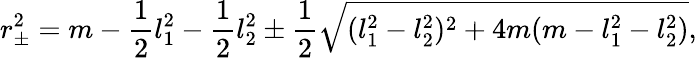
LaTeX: r_{\pm}^{2}=m-{\frac{1}{2}}l_{1}^{2}-{\frac{1}{2}}l_{2}^{2}\pm{\frac{1}{2}}\sqrt{(l_{1}^{2}-l_{2}^{2})^{2}+4m(m-l_{1}^{2}-l_{2}^{2})},